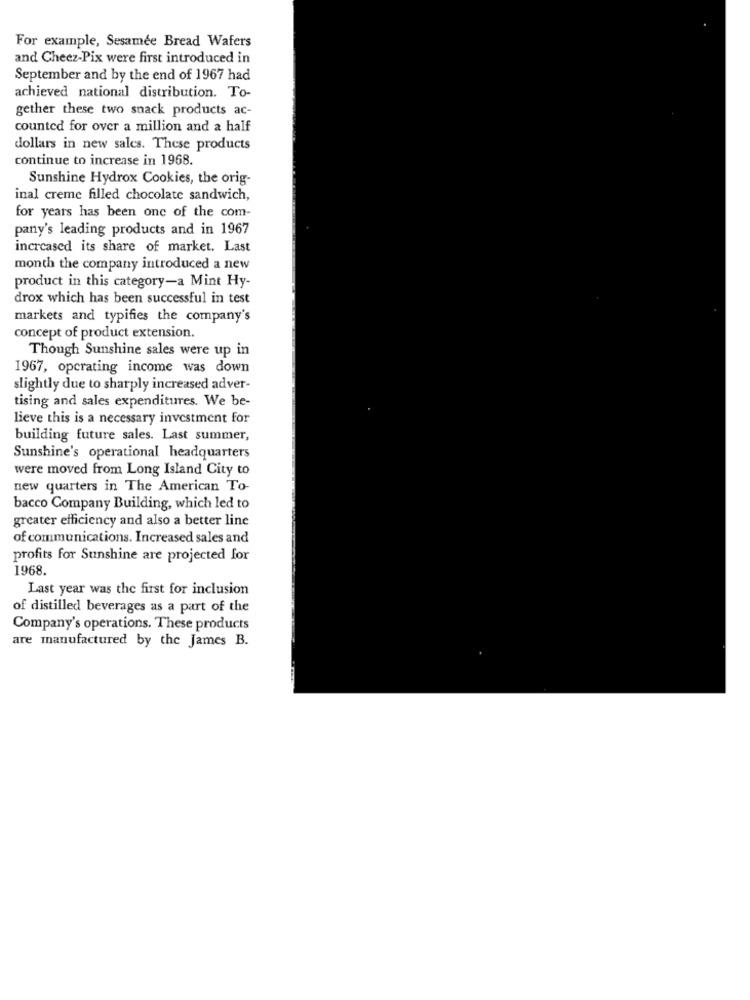
For example, Sesamee Bread Wafers
and Cheez-Pix were first introduced in
September and by the end of 1967 had
achieved national distribution. To-
gether these two snack products ac-
counted for over a million and a half
dollars in new sales. These products
continue to increase in 1968.
Sunshine Hydrox Cookies, the orig-
inal creme filled chocolate sandwich,
for years has been one of the com-
pany's leading products and in 1967
increased its share of market. Last
month the company introduced a new
product in this category-a Mint Hy-
drox which has been successful in test
markets and typifies the company's
concept of product extension.
Though Sunshine sales were up in
1967, operating income was down
slightly due to sharply increased adver-
tising and sales expenditures. We be-
lieve this is a necessary investment for
building future sales. Last summer,
Sunshine's operational headquarters
were moved from Long Island City to
new quarters in The American To-
bacco Company Building, which led to
greater efficiency and also a better line
of communications. Increased sales and
profits for Sunshine are projected for
1968.
Last year was the first for inclusion
of distilled beverages as a part of the
Company's operations. These products
are manufactured by the James B.